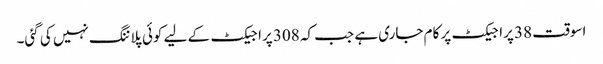
اسوقت 38 پراجیکٹ پر کام جاری ہے جب کہ 308 پراجیکٹ کے لیے کوئی پلاننگ نہیں کی گئی۔